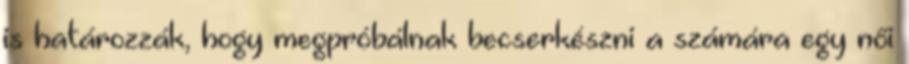
is határozzák, hogy megpróbálnak becserkészni a számára egy női